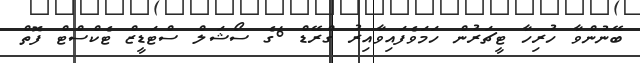
ބޭނުންވާ ހުރިހާ ޓީޗަރުން ހަމަވެފައިވާއިރު ގްރޭޑް 6ގެ ސޯޝަލް ސްޓަޑީޒް ޓެކްސްޓް ފޮތް